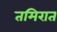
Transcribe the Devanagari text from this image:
तमिरात